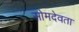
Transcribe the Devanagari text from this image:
सोमदेवता